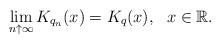
LaTeX: \begin{align*}\lim_{n \uparrow \infty} K_{q_n}(x) =K_q(x), \ \ x \in \mathbb R.\end{align*}